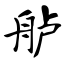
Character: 舻